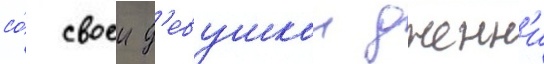
со́ своеи д'евушкои дженн'и